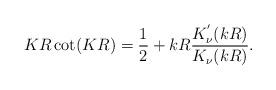
LaTeX: \begin{align*}KR\cot(KR)=\frac{1}{2}+kR\frac{K_{\nu}^{^{\prime}}(kR)}{K_{\nu}(kR)}.\end{align*}